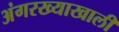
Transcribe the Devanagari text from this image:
अंगरख्याखाली